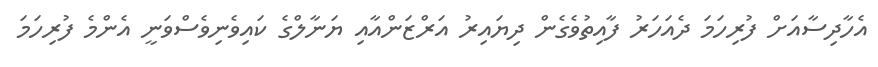
އެހާދިސާއަށް ފުރިހަމަ ދެއަހަރު ފާއިތުވެގެން ދިޔައިރު އަރްޒަންއާއި ޔަނާލްގެ ކައިވެނިވެސްވަނީ އެންމެ ފުރިހަމަ